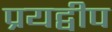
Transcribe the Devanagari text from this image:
प्रयद्वीप